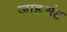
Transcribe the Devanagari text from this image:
जाइअंट